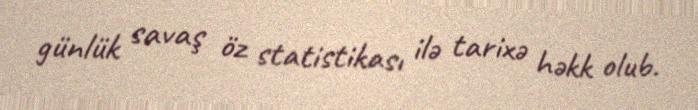
günlük savaş öz statistikası ilə tarixə həkk olub.